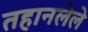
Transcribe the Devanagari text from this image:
तहानलेले